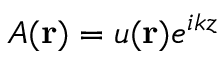
A ( \mathbf { r } ) = u ( \mathbf { r } ) e ^ { i k z }